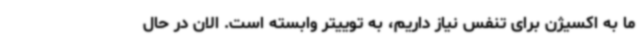
ما به اکسیژن برای تنفس نیاز داریم، به توییتر وابسته است. الان در حال